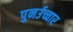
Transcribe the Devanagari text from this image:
पुनर्उच्चार